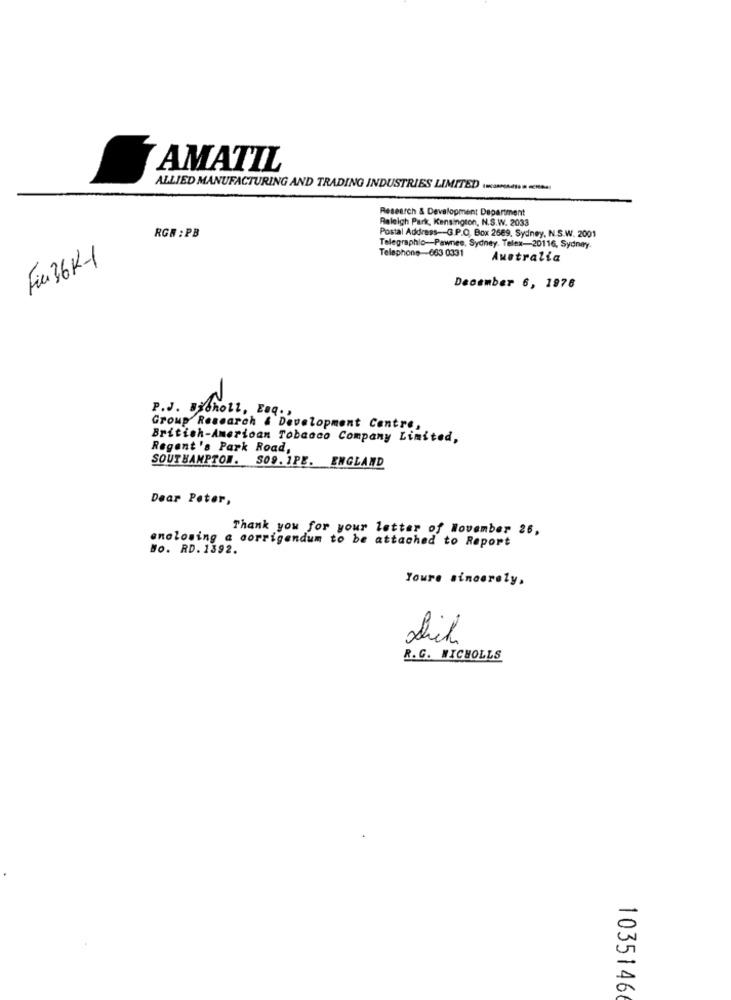
AMATIL
ALLIED MANUFACTURING AND TRADING INDUSTRIES LIMITED ..... . ...
Research & Development Department
Raleigh Park, Kensington, N.S.W. 2033
RGR : PB
Postal Address -- G.P.O. Box 2689, Sydney, N.S.W. 2001
Telegraphlo-Pawnee, Sydney. Telex-20116, Sydney.
Telephone-663 0331
Fin 36K-1
Australia
December 6, 1978
P.J. Bicholl, Enq .,
Group Research & Development Centre,
British-American Tobacco Company Limited,
Regent's Park Road,
SOUTHAMPTON. SO9. 1PE. ENGLAND
Dear Peter,
Thank you for your letter of November 26,
enclosing a corrigendum to be attached to Report
Bo. RD. 1392.
Youre sincerely,
R.G. NICHOLLS
1035146